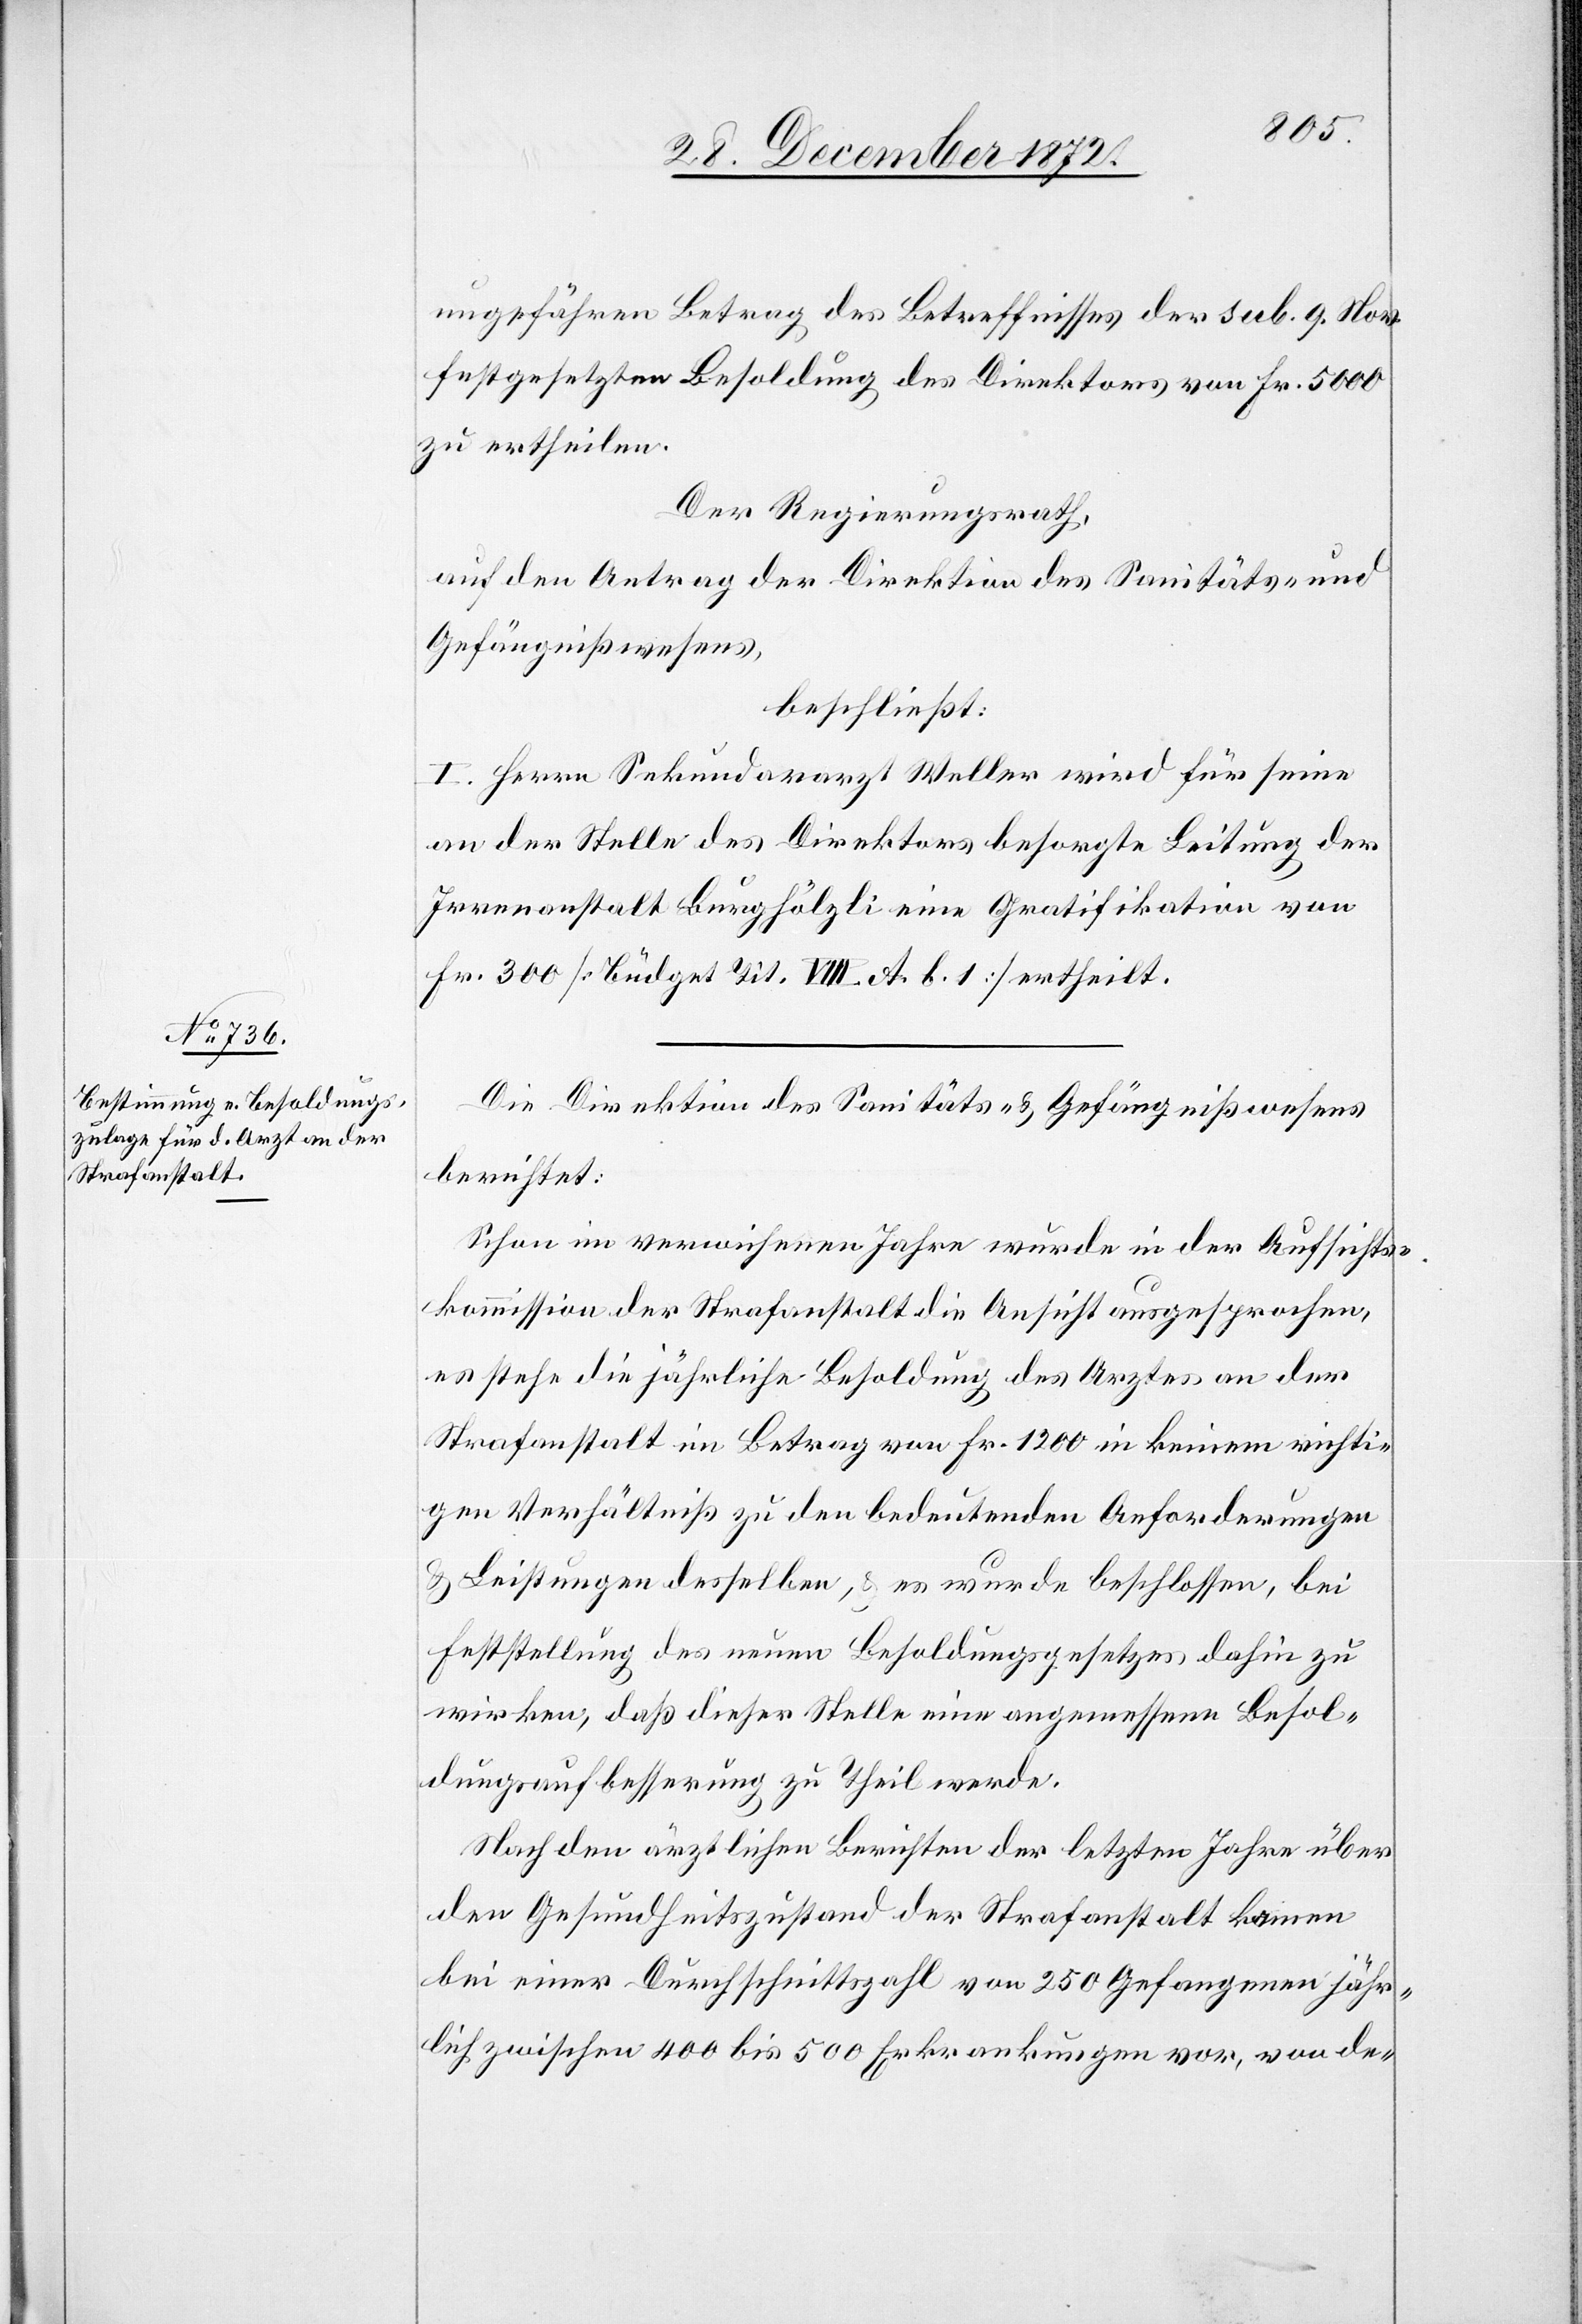
ungefähren Betrag des Betreffnisses der sub. 9. Nov.
festgesetzten Besoldung des Direktors von Fr. 5000
zu ertheilen.
Der Regierungsrath,
auf den Antrag der Direktion des Sanitäts- und
Gefängnißwesens,
beschließt:
Herrn Sekundararzt Weller wird für seine
an der Stelle des Direktors besorgte Leitung der
Irrenanstalt Burghölzli eine Gratifikation von
Fr. 300 [Büdget Tit. VIII A. b. 1] ertheilt.
Die Direktion des Sanitäts- u. Gefängnißwesens
berichtet:
Schon im verwichenen Jahre wurde in der Aufsichts¬
kommission der Strafanstalt die Ansicht ausgesprochen,
es stehe die jährliche Besoldung des Arztes an der
Strafanstalt im Betrag von Fr. 1200 in keinem richti¬
gen Verhältniß zu den bedeutenden Anforderungen
u. Leistungen desselben, u. es wurde beschlossen, bei
Feststellung des neuen Besoldungsgesetzes dahin zu
wirken, daß dieser Stelle eine angemessene Besol¬
dungsaufbesserung zu Theil werde.
Nach den ärztlichen Berichten der letzten Jahre über
den Gesundheitszustand der Strafanstalt kamen
bei einer Durchschnittszahl von 250 Gefangenen jähr¬
lich zwischen 400 bis 500 Erkrankungen vor, von de-